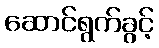
ဆောင်ရွက်ခွင့်